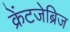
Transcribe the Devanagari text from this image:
क्रेंटजेब्रिज